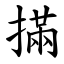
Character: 㨺